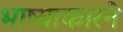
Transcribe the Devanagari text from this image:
भाष्याकारने